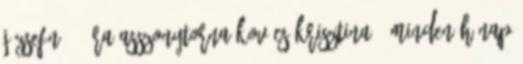
Józsefné ; óra Asszonytorna Kovács Krisztina . Minden hónap